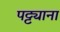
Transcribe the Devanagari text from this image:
पट्ट्याना